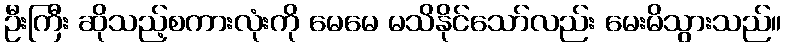
ဦးကြီး ဆိုသည့်စကားလုံးကို မေမေ မသိနိုင်သော်လည်း မေးမိသွားသည်။